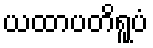
ယထာပတိရူပံ